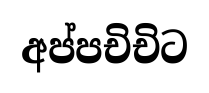
අප්පචිචිට